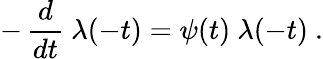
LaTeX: -\, {\frac{d}{dt}}\ \lambda(-t)=\psi(t)\ \lambda(-t)\ .